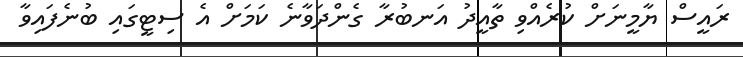
ރައީސް ޔާމީނަށް ކުރެއްވި ތާއީދު އަނބުރާ ގެންދަވާނެ ކަމަށް އެ ސިޓީގައި ބުނެފައިވާ